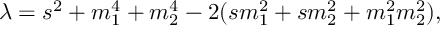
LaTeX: \lambda = s ^ { 2 } + m _ { 1 } ^ { 4 } + m _ { 2 } ^ { 4 } - 2 ( s m _ { 1 } ^ { 2 } + s m _ { 2 } ^ { 2 } + m _ { 1 } ^ { 2 } m _ { 2 } ^ { 2 } ) ,